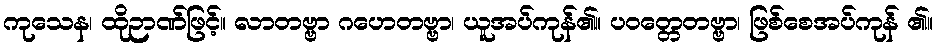
ကုသေန၊ ထိုဉာဏ်ဖြင့်။ လာတဗ္ဗာ ဂဟေတဗ္ဗာ၊ ယူအပ်ကုန်၏။ ပဝတ္တေတဗ္ဗာ၊ ဖြစ်စေအပ်ကုန် ၏။